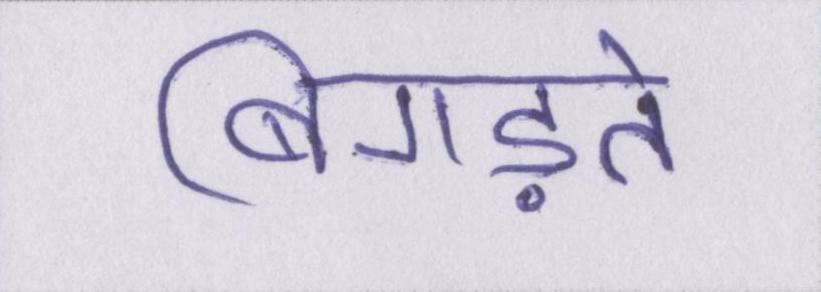
बिगड़ते